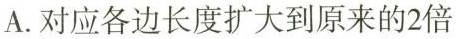
A.对应各边长度扩大到原来的2倍